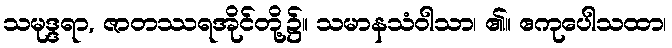
သမုဒ္ဒရာ, ဇာတဿရအိုင်တို့၌။ သမာနသံဝါသာ၊ ၏။ ဧကုပေါသထာ၊